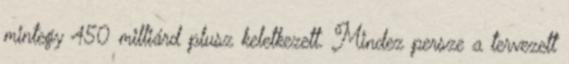
mintegy 450 milliárd plusz keletkezett. Mindez persze a tervezett